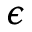
\epsilon